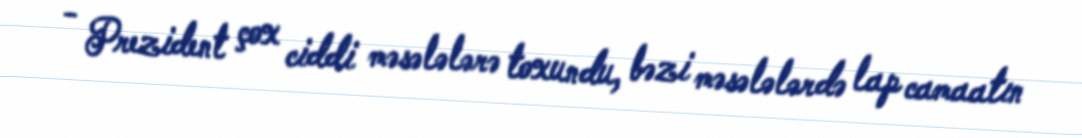
- Prezident çox ciddi məsələlərə toxundu, bəzi məsələlərdə lap camaatın